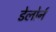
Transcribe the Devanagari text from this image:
डेलोर्न